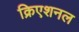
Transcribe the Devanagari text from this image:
क्रिएशनल